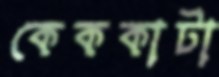
কেককাটা